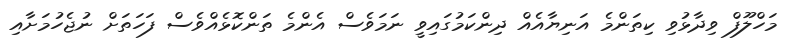
މަހްލޫފް ވިދާޅުވި ކިތަންމެ އަނިޔާއެއް ދިންކަމުގައިވީ ނަމަވެސް އެންމެ ތަންކޮޅެއްވެސް ފަހަތަށް ނުޖެހުމަށާއި